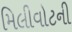
મિલીવોટની